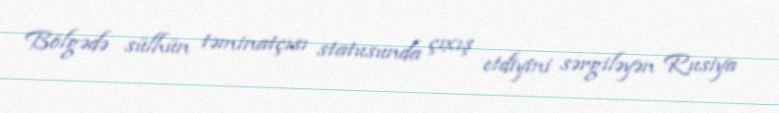
Bölgədə sülhün təminatçısı statusunda çıxış etdiyini sərgiləyən Rusiya